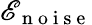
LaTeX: \mathscr{E}_{\mathrm{{~n~o~i~s~e~}}}